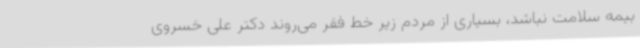
بیمه سلامت نباشد، بسیاری از مردم زیر خط فقر می‌روند دکتر علی خسروی